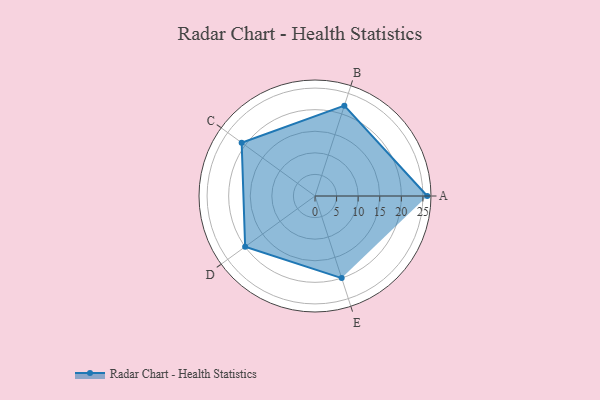
{"axis": {"x": "Skill", "y": "Score"}, "legend": ["Profile"], "data": [{"x": "A", "y": 26.0, "type": "Profile"}, {"x": "B", "y": 22.0, "type": "Profile"}, {"x": "C", "y": 21.0, "type": "Profile"}, {"x": "D", "y": 20, "type": "Profile"}, {"x": "E", "y": 20, "type": "Profile"}]}